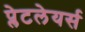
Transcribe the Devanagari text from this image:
प्लेटलेयर्स